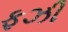
ફઝી